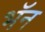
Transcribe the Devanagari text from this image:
भॅन